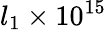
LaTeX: l_{1}\times 10^{15}